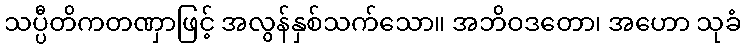
သပ္ပီတိကတဏှာဖြင့် အလွန်နှစ်သက်သော။ အဘိဝဒတော၊ အဟော သုခံ